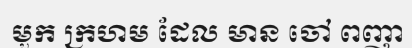
មួក ក្រហម ដែល មាន ចៅ ពញា